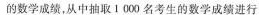
的数学成绩，从中抽取1 000名考生的数学成绩进行